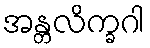
အန္တလိက္ခဂါ